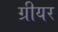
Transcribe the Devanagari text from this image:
ग्रीयर